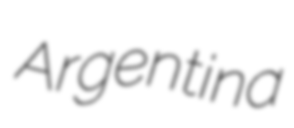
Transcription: Argentina